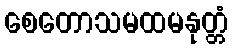
စေတောသမထမနုတ္တံ